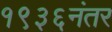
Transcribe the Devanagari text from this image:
१९३६नंतर